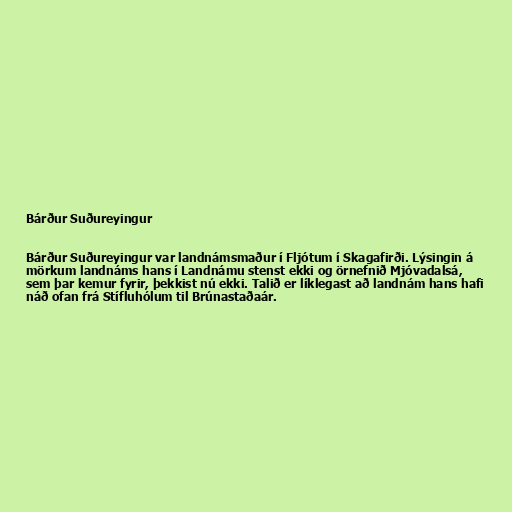
Bárður Suðureyingur

Bárður Suðureyingur var landnámsmaður í Fljótum í Skagafirði. Lýsingin á
mörkum landnáms hans í Landnámu stenst ekki og örnefnið Mjóvadalsá,
sem þar kemur fyrir, þekkist nú ekki. Talið er líklegast að landnám hans hafi
náð ofan frá Stífluhólum til Brúnastaðaár.